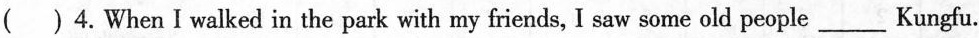
()4.When I walked in the park with my friends, I saw some old people___ Kungfu.